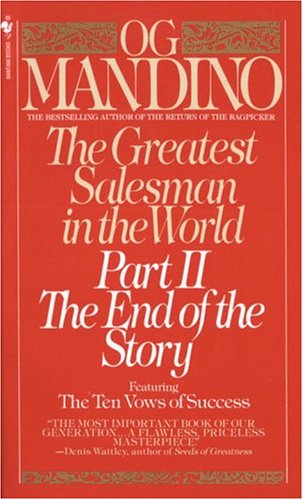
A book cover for The Greatest Salesman in the World, Part 2: The End of the Story; Og Mandino; Religion & Spirituality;